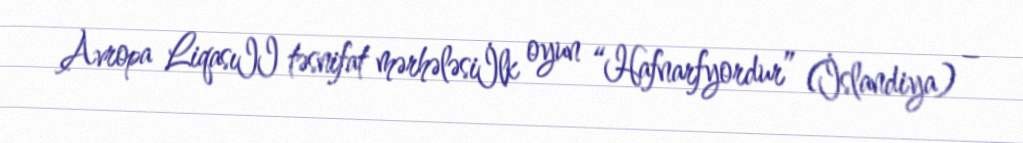
Avropa LiqasıII təsnifat mərhələsiİlk oyun “Hafnarfyordur” (İslandiya) –